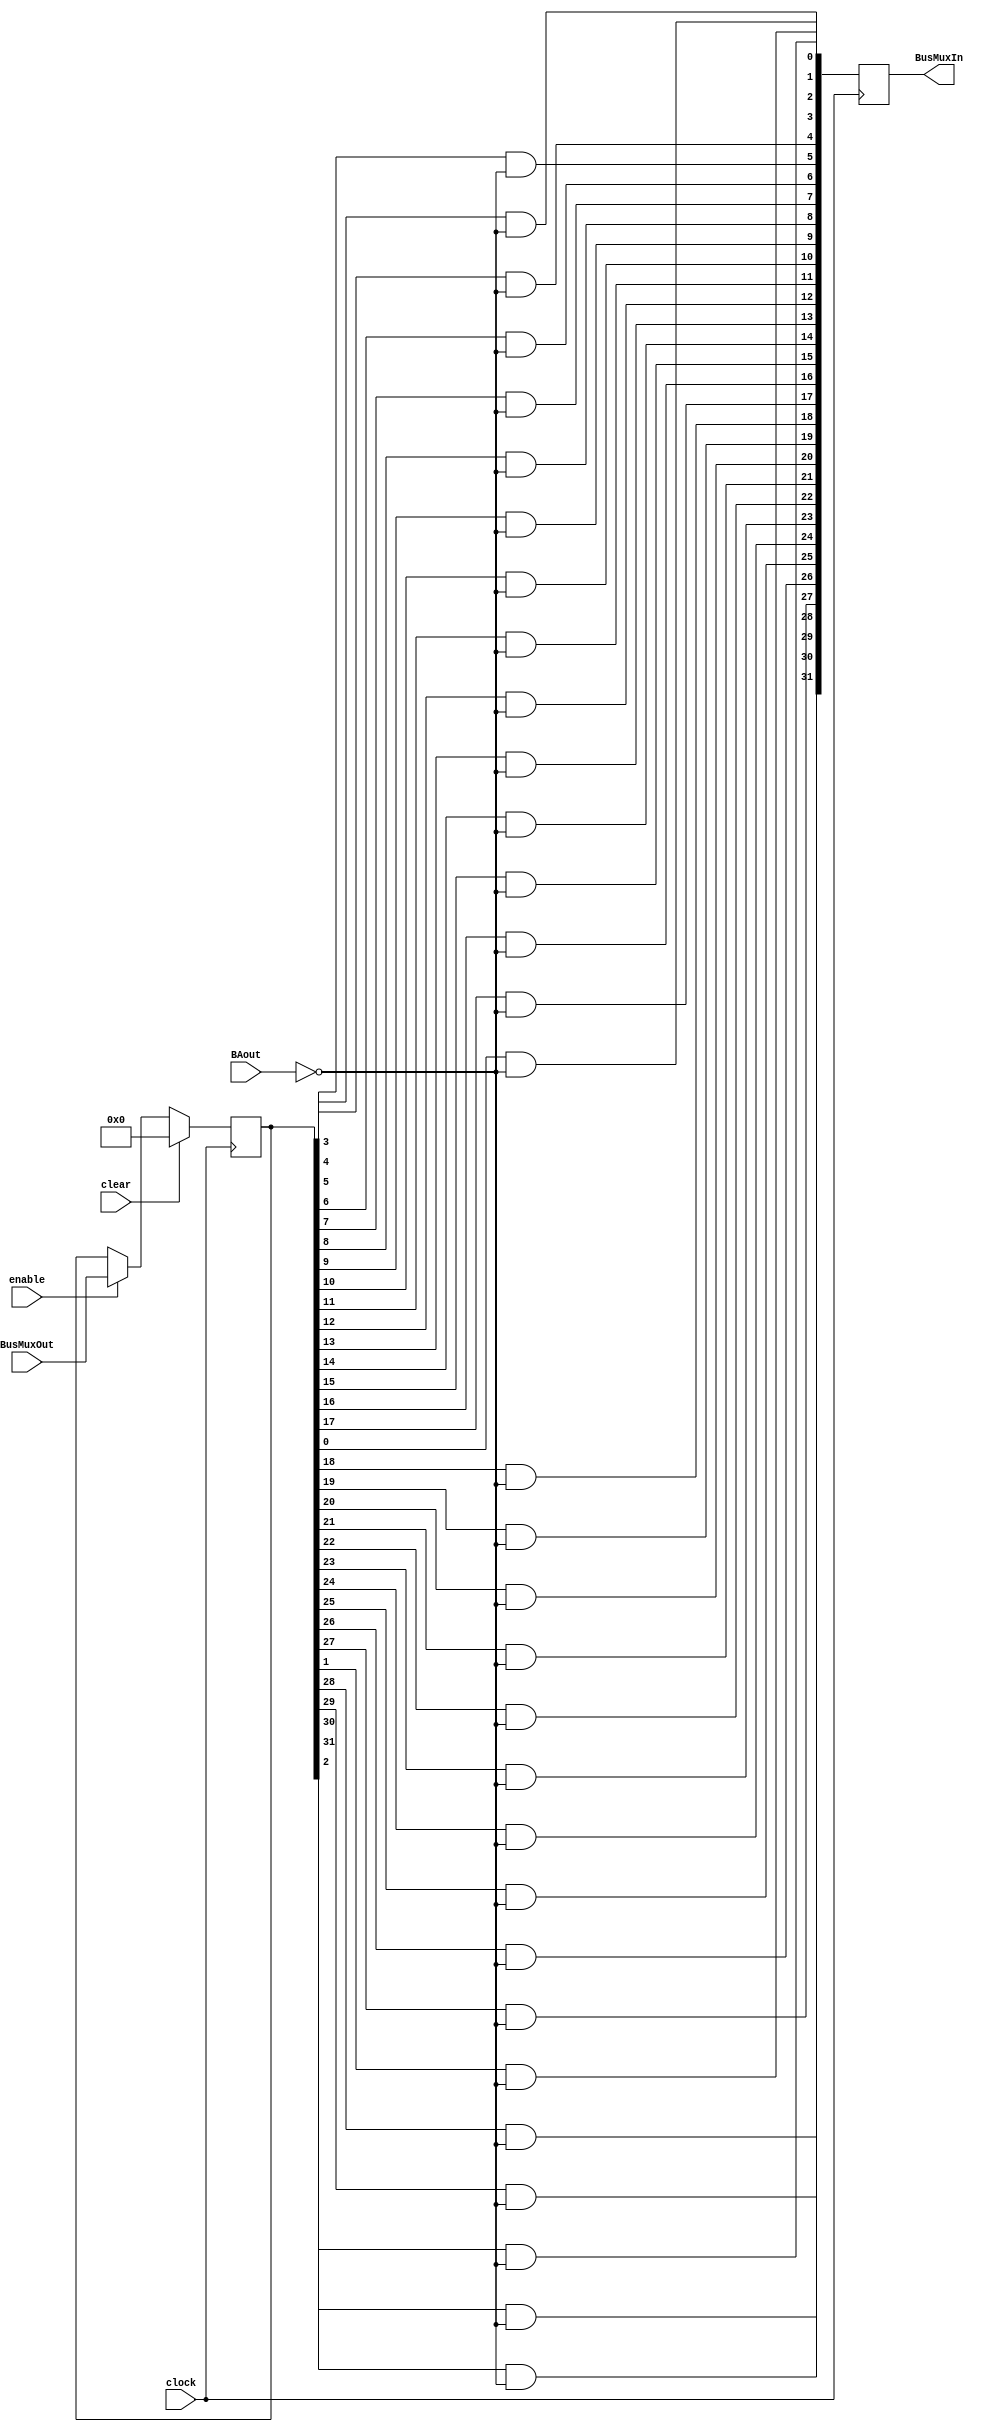


module registerR0(input clock, input clear, input enable,input BAout, input [31:0] BusMuxOut, output [31:0] BusMuxIn);
	reg [31:0] q; 
	reg [31:0] out;
	reg test; 
	integer i;
	// Behavioral section for writing to the register 
	always @ ( posedge clock) 
		begin
			if(clear) begin
				q <= 32'b0;
				test <= 1; 
			end
			else if(enable) begin 
				q <= BusMuxOut;
			end
			for (i = 0 ; i < 32 ; i = i + 1)
       			out[i] = q[i] & !BAout;
		end	

	// and each bit with BAout notted
	
	    assign BusMuxIn = out;	
			
endmodule